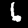
Label: 6